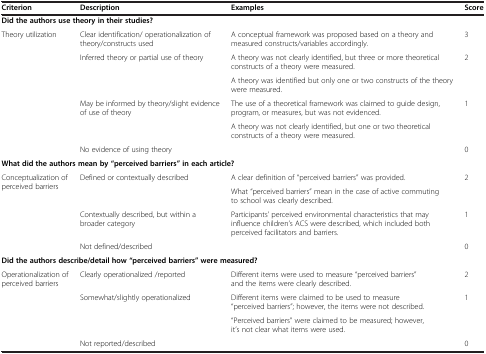
<table><thead><tr><td><b>Criterion</b></td><td><b>Description</b></td><td><b>Examples</b></td><td><b>Score</b></td></tr></thead><tbody><tr><td colspan="4"><b>Did the authors use theory in their studies?</b></td></tr><tr><td rowspan="6">Theory utilization</td><td>Clear identification/ operationalization of theory/constructs used</td><td>A conceptual framework was proposed based on a theory and measured constructs/variables accordingly.</td><td>3</td></tr><tr><td rowspan="2">Inferred theory or partial use of theory</td><td>A theory was not clearly identified, but three or more theoretical constructs of a theory were measured.</td><td rowspan="2">2</td></tr><tr><td>A theory was identified but only one or two constructs of the theory were measured.</td></tr><tr><td rowspan="2">May be informed by theory/slight evidence of use of theory</td><td>The use of a theoretical framework was claimed to guide design, program, or measures, but was not evidenced.</td><td rowspan="2">1</td></tr><tr><td>A theory was not clearly identified, but one or two theoretical constructs of a theory were measured.</td></tr><tr><td>No evidence of using theory</td><td></td><td>0</td></tr><tr><td colspan="4"><b>What did the authors mean by “perceived barriers” in each article?</b></td></tr><tr><td rowspan="4">Conceptualization of perceived barriers</td><td rowspan="2">Defined or contextually described</td><td>A clear definition of “perceived barriers” was provided.</td><td rowspan="2">2</td></tr><tr><td>What “perceived barriers” mean in the case of active commuting to school was clearly described.</td></tr><tr><td>Contextually described, but within a broader category</td><td>Participants’ perceived environmental characteristics that may influence children’s ACS were described, which included both perceived facilitators and barriers.</td><td>1</td></tr><tr><td>Not defined/described</td><td></td><td>0</td></tr><tr><td colspan="4"><b>Did the authors describe/detail how “perceived barriers” were measured?</b></td></tr><tr><td rowspan="4">Operationalization of perceived barriers</td><td>Clearly operationalized /reported</td><td>Different items were used to measure “perceived barriers” and the items were clearly described.</td><td>2</td></tr><tr><td rowspan="2">Somewhat/slightly operationalized</td><td>Different items were claimed to be used to measure “perceived barriers”; however, the items were not described.</td><td rowspan="2">1</td></tr><tr><td>“Perceived barriers” were claimed to be measured; however, it’s not clear what items were used.</td></tr><tr><td>Not reported/described</td><td></td><td>0</td></tr></tbody></table>